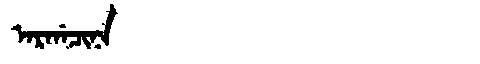
Manchu: ᠠᡵᡤᠠᠴᡳᠨᠠ
Romanization: ARGACINA